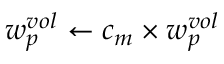
w _ { p } ^ { v o l } \leftarrow c _ { m } \times w _ { p } ^ { v o l }